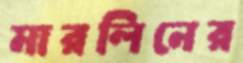
মারলিনের